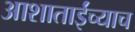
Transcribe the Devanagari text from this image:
आशाताईंच्याच